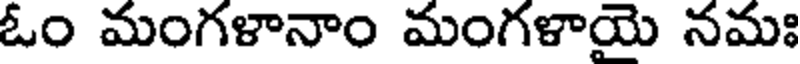
ఓం మంగళానాం మంగళాయె నమః